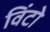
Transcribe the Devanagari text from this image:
विंटो